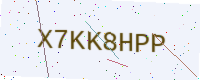
Text: X7KK8HPP